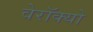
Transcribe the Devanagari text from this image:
वेरॉक्यो